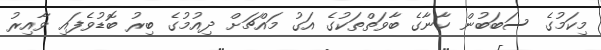
މިކަމުގެ ސަބަބުން ކާނާގެ ބާވަތްތަކުގެ އަގު މައްޗަށް ދިއުމުގެ ބިރު ބޮޑުވެފައި ވާއިރު